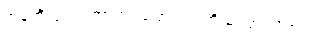
အန်တီလူးက ဘာထပ်ပြောသည်ကို မကြားလိုက်ရ။